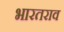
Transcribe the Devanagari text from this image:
भारतराव